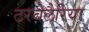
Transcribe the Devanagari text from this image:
टरबेलैरिया